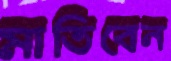
মাতিবেন